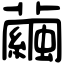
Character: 繭